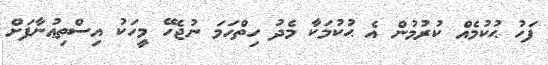
ފަހު ޙުކުމެއް ކުރުމުން އެ ޙުކުމަކާ މެދު ހިތްހަމަ ނުޖެހޭ މީހަކު އިސްތިޢުނާފަށް